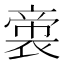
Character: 𭘳